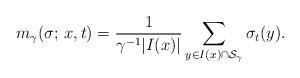
LaTeX: \begin{align*}m_{\gamma}(\sigma;\,x,t)=\frac{1}{\gamma^{-1}|I(x)|}\sum_{y\in I(x)\cap\mathcal S_{\gamma}}\sigma_t(y).\end{align*}